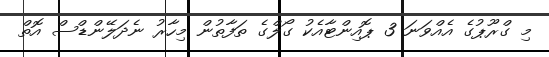
މި ގްރޫޕުގެ އެއްވަނަ 3 ޕޮއިންޓާއެކު ގޯލްގެ ތަފާތުން މިހާރު ނެދަލޭންޑްސް އޮތް